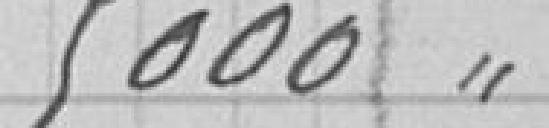
5000